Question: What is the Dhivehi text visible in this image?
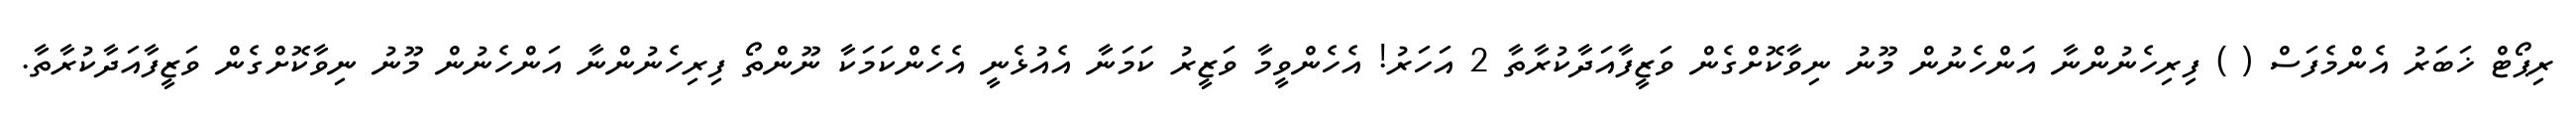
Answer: ރިޕޯޓް ޚަބަރު އެންމެފަސް ( ) ފިރިހެނުންނާ އަންހެނުން މޫނު ނިވާކޮށްގެން ވަޒީފާއަދާކުރާތާ 2 އަހަރު! އެހެންވީމާ ވަޒީރު ކަމަނާ އެއުޅެނީ އެހެންކަމަކާ ނޫންތޯ ފިރިހެނުންނާ އަންހެނުން މޫނު ނިވާކޮށްގެން ވަޒީފާއަދާކުރާތާ.